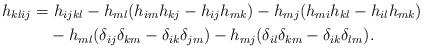
LaTeX: \begin{align*}h_{klij}=&\ h_{ijkl}-h_{ml}(h_{im}h_{kj}-h_{ij}h_{mk})-h_{mj}(h_{mi}h_{kl}-h_{il}h_{mk})\\ &-h_{ml}(\delta_{ij}\delta_{km}-\delta_{ik}\delta_{jm}) -h_{mj}(\delta_{il}\delta_{km}-\delta_{ik}\delta_{lm}).\end{align*}